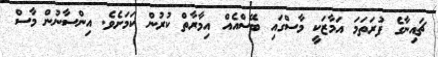
ޗައިނާގެ ފުރަތަމަ އަމާޒަކީ މާސްގައި ބޭސްއެއް އިމާރާތް ކުރުން ކަމަށެވެ. އިންސާނުން މާސް